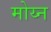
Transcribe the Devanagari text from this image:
मोय्न